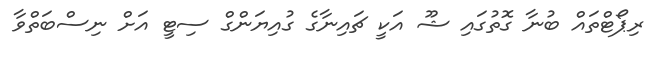
ރިޕޯޓްތައް ބުނާ ގޮތުގައި ޝޫ އަކީ ޗައިނާގެ ގުއިޔަންގް ސިޓީ އަށް ނިސްބަތްވާ